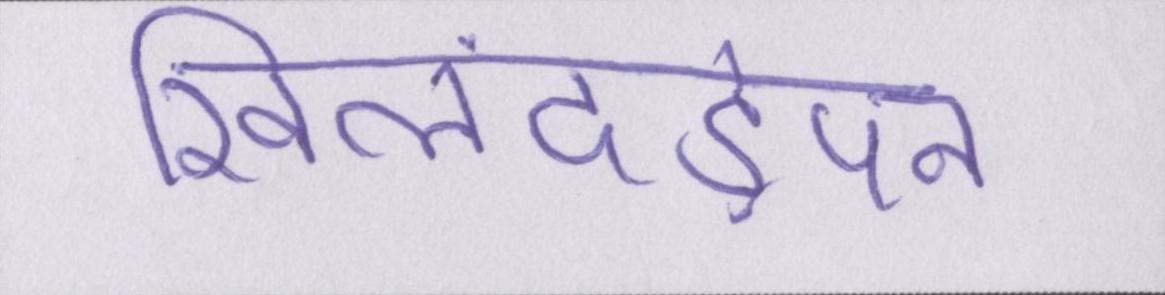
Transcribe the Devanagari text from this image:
खिलंदड़ेपन